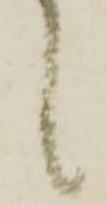
候